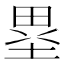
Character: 塁